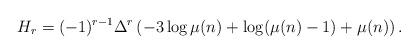
LaTeX: \begin{align*}H_{r}=(-1)^{r-1}\Delta^{r}\left(-3\log \mu(n) +\log (\mu(n)-1)+\mu(n) \right).\end{align*}